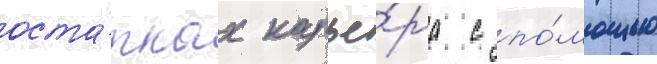
оста́тках карье́ра с по́мощью